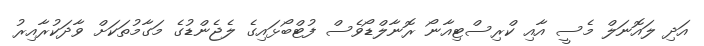
އަދި ލައޮނަލް މެސީ އާއި ކްރިސްޓިއާނޯ ރޮނާލްޑޯވެސް ފުޓްބޯޅައިގެ ލެޖެންޑުގެ މަގާމުތަކަށް ވާދަކުރާއިރު